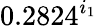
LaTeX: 0.2824^{i_{1}}